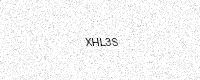
Text: XHL3S